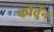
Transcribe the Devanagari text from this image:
फोर्तुन